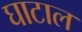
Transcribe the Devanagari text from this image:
घाटाल